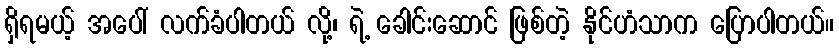
ရှိရမယ့် အပေါ် လက်ခံပါတယ် လို့၊ ရဲ့ ခေါင်းဆောင် ဖြစ်တဲ့ နိုင်ဟံသာက ပြောပါတယ်။